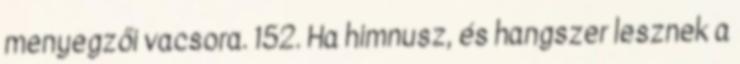
menyegzői vacsora. 152. Ha himnusz, és hangszer lesznek a